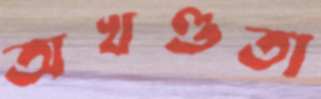
অখণ্ডতা